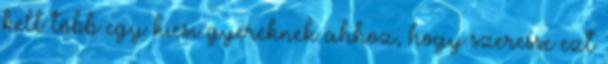
kell több egy kicsi gyereknek ahhoz, hogy szeresse ezt